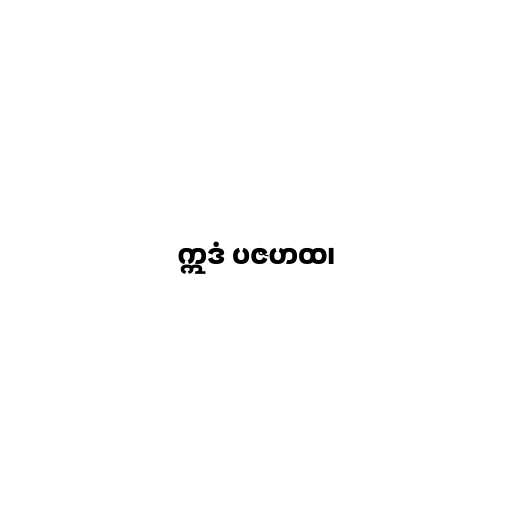
ဣဒံ ပဇဟထ၊